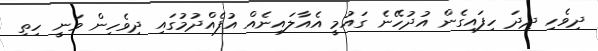
ދިވެހި ދިދަ ހިފައިގެން އުދުހޭނެ ގައުމީ އެއާލައިނެއް އުފެއްދުމުގައި ދިވެހިން ވަނީ ހިތި